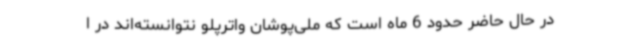
در حال حاضر حدود 6 ماه است که ملی‌پوشان واترپلو نتوانسته‌اند در ا